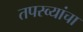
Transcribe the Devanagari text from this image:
तपस्व्यांचा